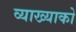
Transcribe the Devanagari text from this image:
व्याख्याको